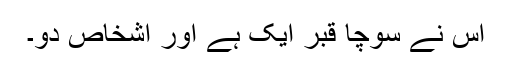
اس نے سوچا قبر ایک ہے اور اشخاص دو۔